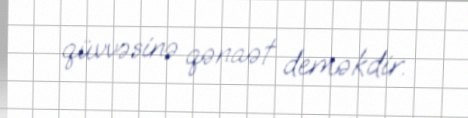
qüvvəsinə qənaət deməkdir.